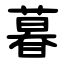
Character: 暮